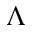
\Lambda